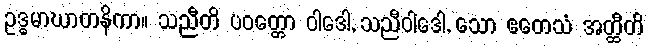
ဥဒ္ဓမာဃာတနိကာ။ သညီတိ ပဝတ္တော ဝါဒေါ, သညီဝါဒေါ, သော ဧတေသံ အတ္ထီတိ